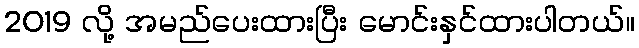
2019 လို့ အမည်ပေးထားပြီး မောင်းနှင်ထားပါတယ်။